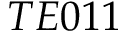
T E 0 1 1